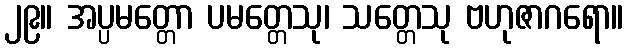
၂၉။ အပ္ပမတ္တော ပမတ္တေသု၊ သတ္တေသု ဗဟုဇာဂရော။